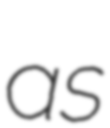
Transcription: as